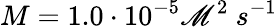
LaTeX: M=1.0\cdot10^{-5}\mathscr{M}^{2}\ s^{-1}